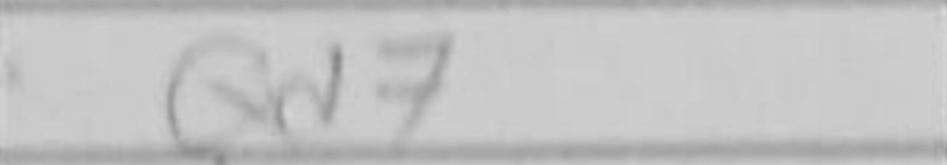
Transcription: Qd7